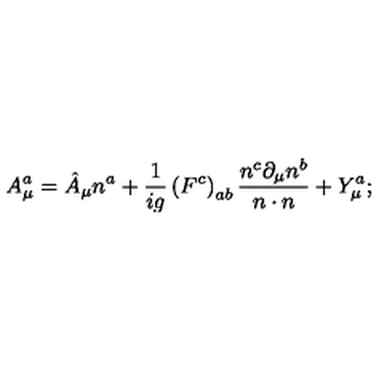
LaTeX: A _ { \mu } ^ { a } = \hat { A } _ { \mu } n ^ { a } + \frac { 1 } { i g } \left( F ^ { c } \right) _ { a b } \frac { n ^ { c } \partial _ { \mu } n ^ { b } } { n \cdot n } + Y _ { \mu } ^ { a } ;